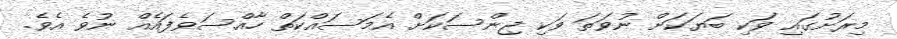
މިރަށުގައި ވަކި ބަޔަކަށް ނުވަތަ ވަކި ޖިންސަކަށް އެމަސައްކަތް ހާއްސަވެފައެއް ނުވެ އެވެ.